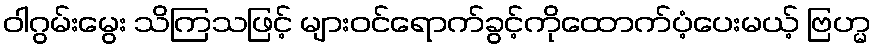
ဝါဂွမ်းမွေး သိကြသဖြင့် များဝင်ရောက်ခွင့်ကိုထောက်ပံ့ပေးမယ့် ဗြဟ္မ